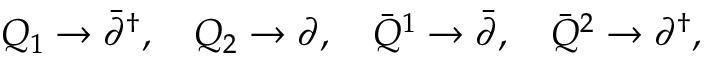
Q _ { 1 } \to \bar { \partial } ^ { \dagger } , \quad Q _ { 2 } \to \partial , \quad \bar { Q } ^ { 1 } \to \bar { \partial } , \quad \bar { Q } ^ { 2 } \to \partial ^ { \dagger } ,